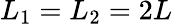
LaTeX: L_{1}=L_{2}=2L